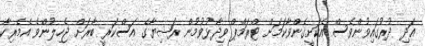
އަދި ދުރުގައިވުންވެސް އެކަށީގެންވާކަމަށް ޓްރަމްޕް ވިދާޅުވުމުން ރަޝިޔާގެ އަސްކަރީ ބާރަށް ޖެހިލުންވެ އެމެރިކާ